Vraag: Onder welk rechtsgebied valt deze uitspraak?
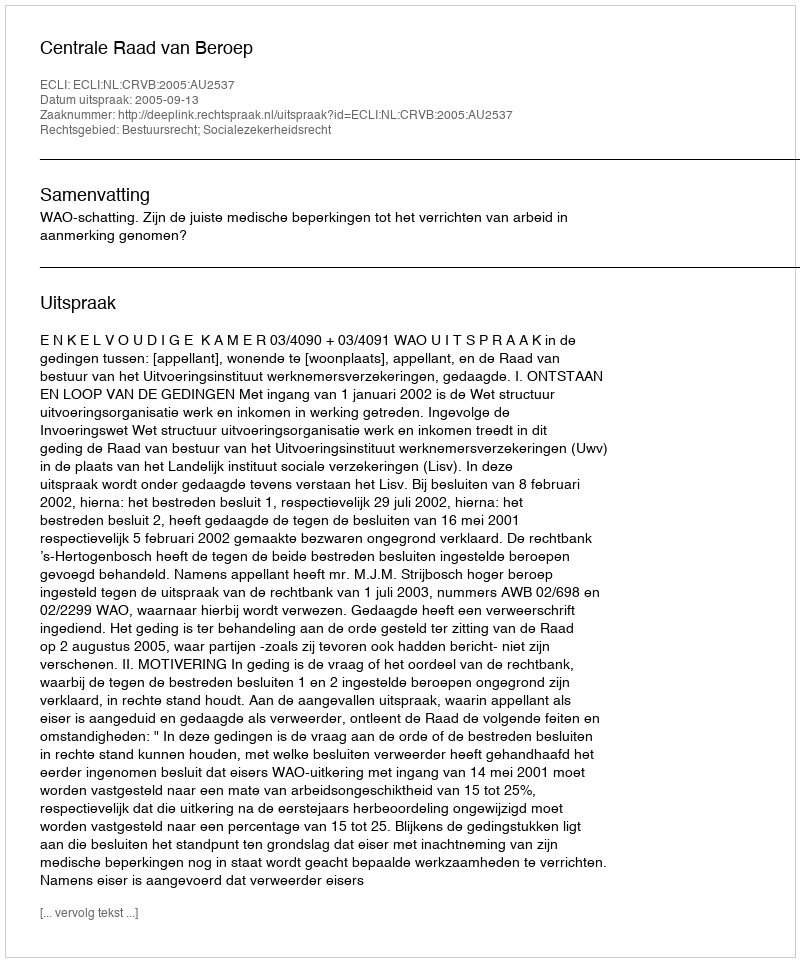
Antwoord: Bestuursrecht; Socialezekerheidsrecht